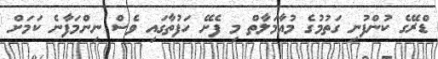
ޑްރޭގެ ކުންފުނި ގަތުމުގެ މުއާމަލާތް މި ފެށޭ ހަފުތާގައި ވެސް ނިންމަފާނެ ކަމަށް